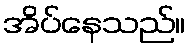
အိပ်နေသည်။